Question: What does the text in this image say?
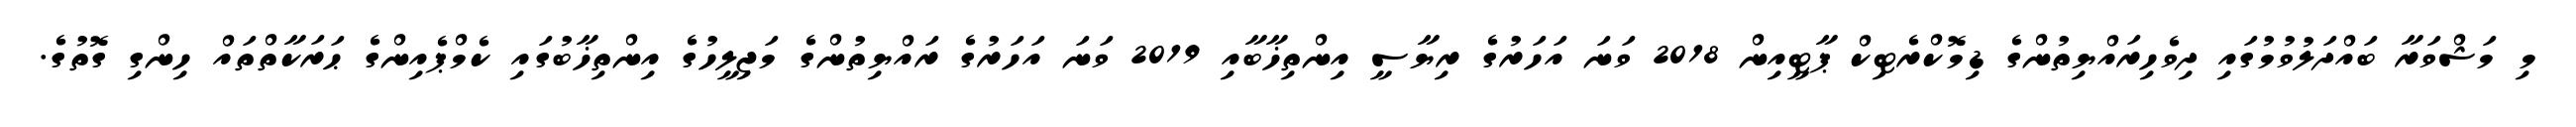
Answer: މި މަޝްވަރާ ބައްދަލުވުމުގައި ދިވެހިރައްޔިތުންގެ ޑިމޮކްރެޓިކް ޕާޓީއިން 2018 ވަނަ އަހަރުގެ ރިޔާސީ އިންތިޚާބާއި 2019 ވަނަ އަހަރުގެ ރައްޔިތުންގެ މަޖިލީހުގެ އިންތިޚާބުގައި ކެމްޕެއިންގެ ޙަރަކާތްތައް ހިންގި ގޮތުގެ.